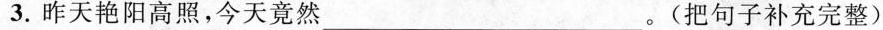
3.昨天艳阳高照，今天竟然___。(把句子补充完整)